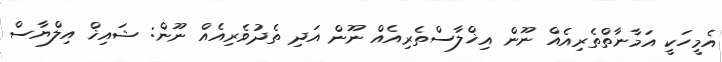
އެމީހަކީ އަމާނާތްތެރިއެއް ނޫން އިޚްލާސްތެރިއެއް ނޫން އަދި ތެދުވެރިއެއް ނޫން: ޝައިޚް އިލްޔާސް